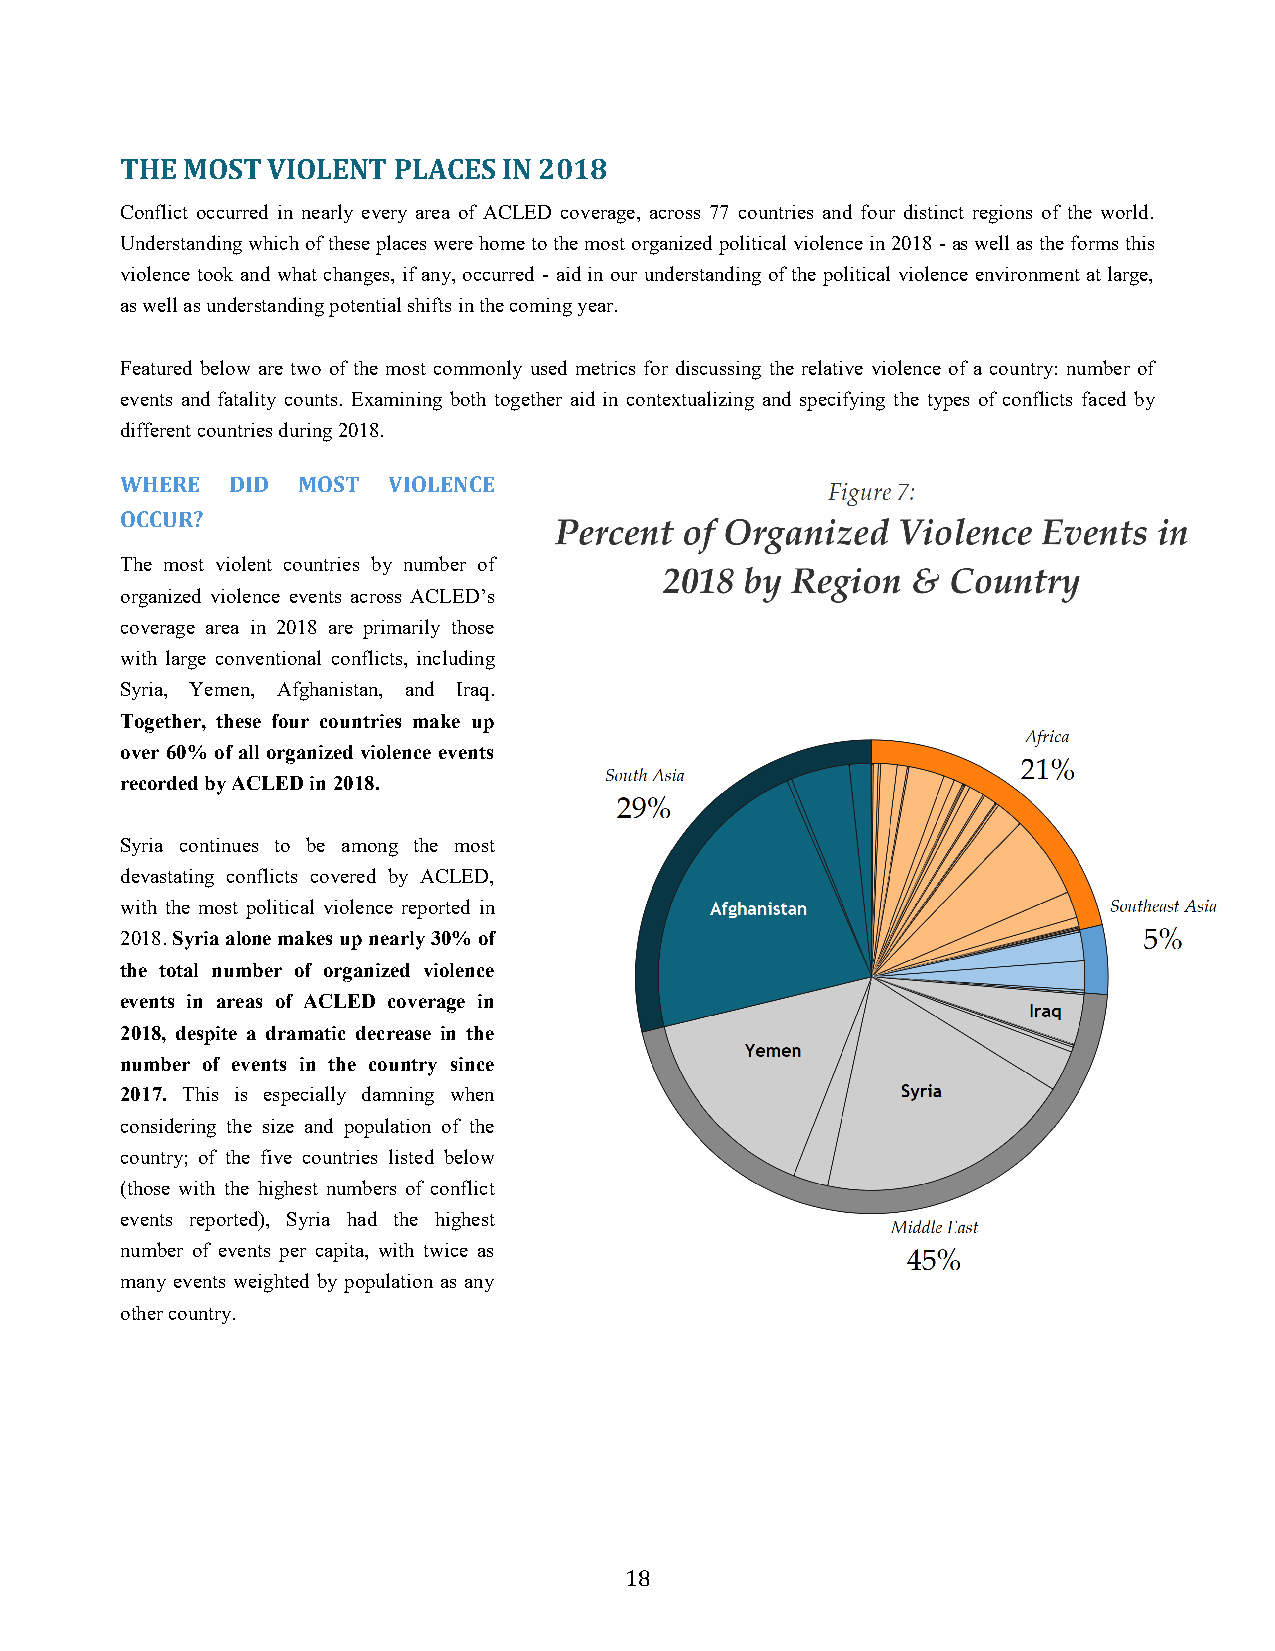
THE MOST  VIOLENT PLACES IN 2018
 Conflict occurred in nearly every area of ACLED coverage, across 77 countries and four distinct regions of the world.
 Understanding which of these places were home to the most organized political violence in 2018 - as well as the forms this
 violence took and what changes, if any, occurred - aid in our understanding of the political violence environment at large,
 as well as understanding potential shifts in the coming year.
 Featured below are two of the most commonly used metrics for discussing the relative violence of a country: number of
 events and fatality counts. Examining both together aid in contextualizing and specifying the types of conflicts faced by
 different countries during 2018.
 WHERE  DID  MOST  VIOLENCE
 OCCUR?
 The most violent countries by number of
 organized violence events across ACLED’s
 coverage area in 2018 are primarily those
 with large conventional conflicts, including
 Syria, Yemen, Afghanistan, and Iraq.
 Together, these four countries make up
 over 60% of all organized violence events
 recorded by ACLED in 2018.
 Syria continues to be among the most
 devastating conflicts covered by ACLED,
 with the most political violence reported in
 2018. Syria alone makes up nearly 30% of
 the total number of organized violence
 events in areas of ACLED coverage in
 2018, despite a dramatic decrease in the
 number of events in the country since
 2017. This is especially damning when
 considering the size and population of the
 country; of the five countries listed below
 (those with the highest numbers of conflict
 events reported), Syria had the highest
 number of events per capita, with twice as
 many events weighted by population as any
 other country.
 18